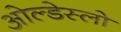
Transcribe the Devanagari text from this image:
ओल्डेस्लो